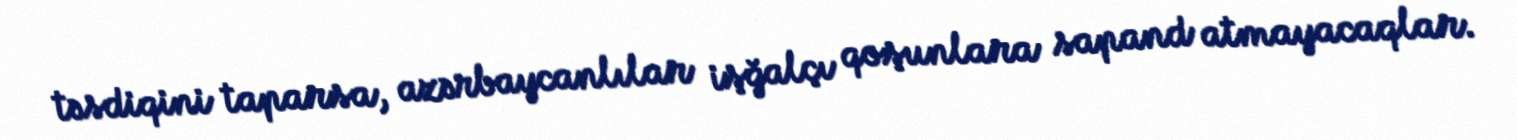
təsdiqini taparsa, azərbaycanlılar işğalçı qoşunlara sapand atmayacaqlar.